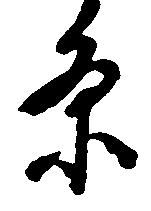
条